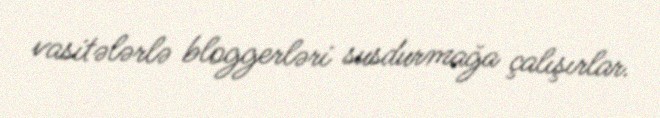
vasitələrlə bloggerləri susdurmağa çalışırlar.